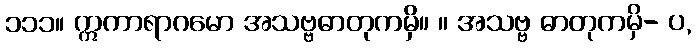
၁၁၁။ ဣကာရာဂမော အသဗ္ဗဓာတုကမှိ။ ။ အသဗ္ဗ ဓာတုကမှိ- ပ,